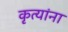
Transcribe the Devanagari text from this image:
कृत्यांना